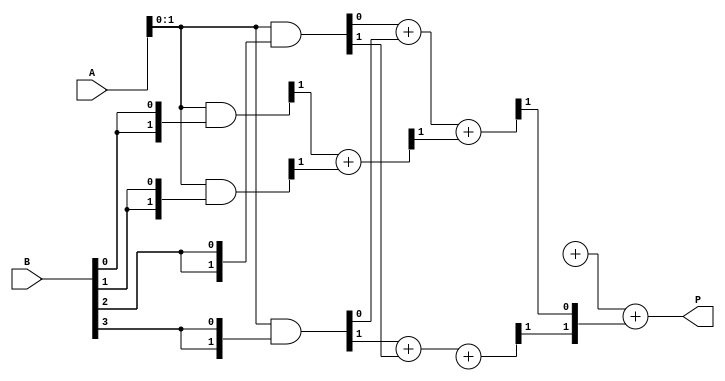
module unfolded_wallace_tree_multiplier #(
    parameter N = 4 // Parameter for bit width, can be changed
) (
    input  wire [N-1:0] A, // N-bit input A
    input  wire [N-1:0] B, // N-bit input B
    output wire [2*N-1:0] P // 2N-bit product output
);

// Internal signals for partial products
wire [N-1:0] pp[N-1:0];

// Generate partial products
genvar i, j;
generate
    for (i = 0; i < N; i = i + 1) begin : partial_product_generation
        assign pp[i] = A & {N{B[i]}};
    end
endgenerate

// Combine the partial products using a Wallace tree structure
wire [2*N-1:0] S [N-1:0]; // Sums at each stage
wire [N-1:0] C [N-1:0];    // Carries at each stage

// Wallace tree reduction logic
generate
    for (i = 0; i < N-1; i = i + 1) begin : reduction_stages
        // Group of 3 bits
        if (i > 1) begin
            // Use full adders for three inputs
            if (i % 2 == 0) begin
                assign {C[i][0], S[i][1]} = pp[i][0] + pp[i+1][0] + C[i-1][1]; // Full adder
                assign {C[i][1], S[i][2]} = pp[i+1][1] + pp[i][1] + C[i-1][2]; // Full adder
            end else begin
                assign S[i][0] = pp[i][0] + C[i-1][0];
                assign S[i][1] = pp[i][1] + pp[i+1][0];
                assign S[i][2] = pp[i+1][1] + C[i-1][1];
                assign C[i][0] = 0; // No carry from previous
            end
        end else begin
            // First reduction stage using half adders
            assign {C[i][0], S[i][0]} = pp[0][0] + pp[1][0]; // Half adder
            assign {C[i][1], S[i][1]} = pp[0][1] + pp[1][1]; // Half adder
        end
    end
endgenerate

// Final addition to get the product
wire [2*N-1:0] final_sum;
assign final_sum = S[N-2] + S[N-1] + C[N-2];

// Assign the final product
assign P = final_sum;

endmodule